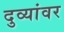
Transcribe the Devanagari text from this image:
दुव्यांवर